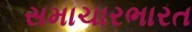
સમાચારભારત